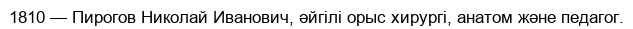
1810 — Пирогов Николай Иванович, әйгілі орыс хирургі, анатом және педагог.